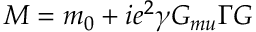
M = m _ { 0 } + i e ^ { 2 } \gamma G _ { m u } \Gamma \cal G